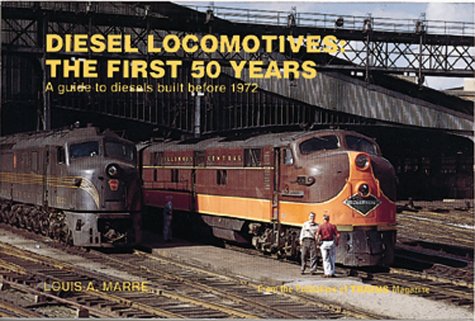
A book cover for Diesel Locomotives: The First 50 Years: A Guide to Diesels Built Before 1972 (Railroad Reference Series); Louis A. Marre; Arts & Photography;